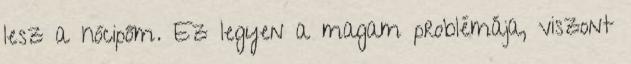
lesz a hócipőm. Ez legyen a magam problémája, viszont